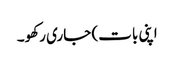
اپنی بات) جاری رکھو۔